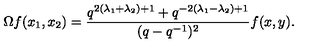
\Omega f ( x _ { 1 } , x _ { 2 } ) = \frac { q ^ { 2 ( \lambda _ { 1 } + \lambda _ { 2 } ) + 1 } + q ^ { - 2 ( \lambda _ { 1 } - \lambda _ { 2 } ) + 1 } } { ( q - q ^ { - 1 } ) ^ { 2 } } f ( x , y ) .